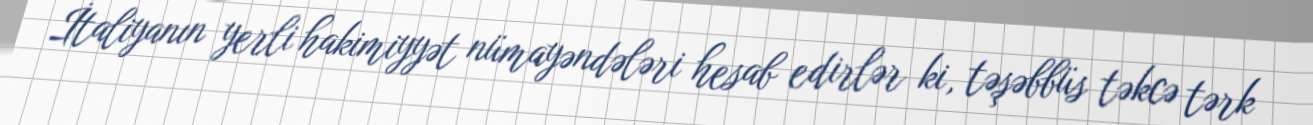
İtaliyanın yerli hakimiyyət nümayəndələri hesab edirlər ki, təşəbbüs təkcə tərk